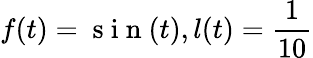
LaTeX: f(t)=\mathrm{~s~i~n~}(t),l(t)=\frac{1}{10}